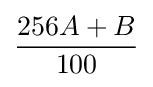
{\frac {256A+B}{100}}